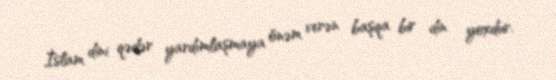
İslam dini qədər yardımlaşmaya önəm verən başqa bir din yoxdur.